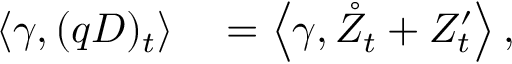
\begin{array} { r l } { \left\langle \gamma , ( q D ) _ { t } \right\rangle } & { { } = \left\langle \gamma , \mathring { Z } _ { t } + Z _ { t } ^ { \prime } \right\rangle , } \end{array}